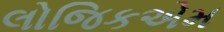
લોજિકએમ